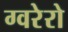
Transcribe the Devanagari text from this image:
ग्वरेरो